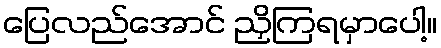
ပြေလည်အောင် ညှိကြရမှာပေါ့။